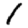
Digit: 1